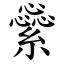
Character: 繠